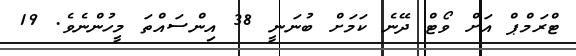
ޓްރަމްޕް އަށް ވޯޓް ދޭނެ ކަމަށް ބުނަނީ 38 އިންސައްތަ މީހުންނެވެ. 19